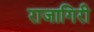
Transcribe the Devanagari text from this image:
राजागिरी